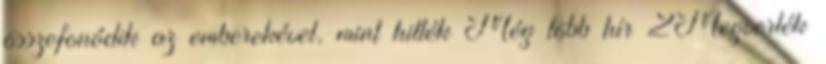
összefonódik az emberekével, mint hitték Még több hír 2Megverték